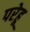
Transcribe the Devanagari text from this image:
परेहू